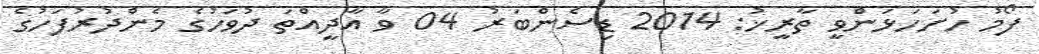
ފޯމު ހުށަހަޅަންވީ ތާރީޚު: 2014 ޑިސެންބަރު 04 ވާ އާދީއްތަ ދުވަހުގެ މެންދުރުފަހުގެ